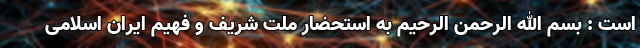
است : بسم الله الرحمن الرحیم به استحضار ملت شریف و فهیم ایران اسلامی